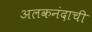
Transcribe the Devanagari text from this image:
अलकनंदाची